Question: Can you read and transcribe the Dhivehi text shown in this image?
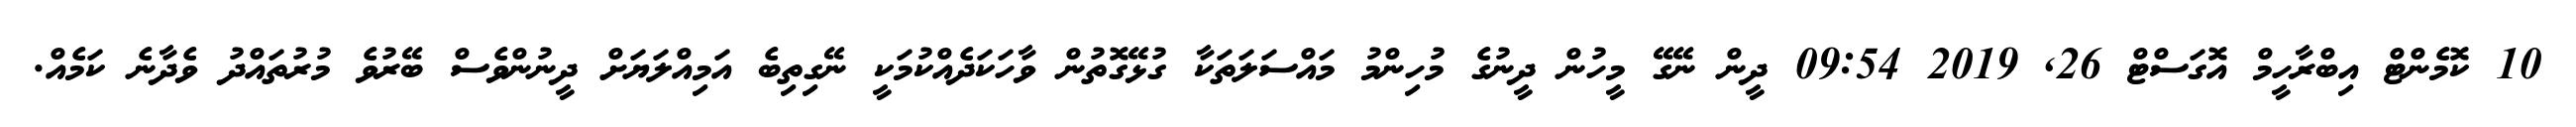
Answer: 10 ކޮމެންޓް އިބްރާހީމް އޮގަސްޓް 26, 2019 09:54 ދީން ނޭގޭ މީހުން ދީނުގެ މުހިންމު މައްސަލަތަކާ ގުޅޭގޮތުން ވާހަކަދެއްކުމަކީ ނޭގިތިބެ އަމިއްލަޔަށް ދީނުންވެސް ބޭރުވެ މުރުތައްދު ވެދާނެ ކަމެއް.